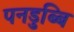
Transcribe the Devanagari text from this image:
पनडुब्बि